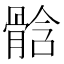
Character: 𩩊